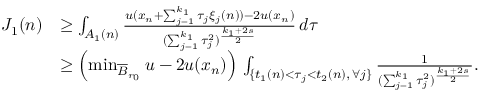
\begin{array} { r l } { J _ { 1 } ( n ) } & { \ge \int _ { A _ { 1 } ( n ) } \frac { u ( x _ { n } + \sum _ { j = 1 } ^ { k _ { 1 } } \tau _ { j } \xi _ { j } ( n ) ) - 2 u ( x _ { n } ) } { ( \sum _ { j = 1 } ^ { k _ { 1 } } \tau _ { j } ^ { 2 } ) ^ { \frac { k _ { 1 } + 2 s } { 2 } } } \, d \tau } \\ & { \ge \left( \operatorname* { m i n } _ { \overline { B } _ { r _ { 0 } } } u - 2 u ( x _ { n } ) \right) \, \int _ { \{ t _ { 1 } ( n ) < \tau _ { j } < t _ { 2 } ( n ) , \, \forall j \} } \frac { 1 } { ( \sum _ { j = 1 } ^ { k _ { 1 } } \tau _ { j } ^ { 2 } ) ^ { \frac { k _ { 1 } + 2 s } { 2 } } } . } \end{array}